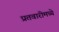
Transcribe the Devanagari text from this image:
प्रतवारीमध्ये